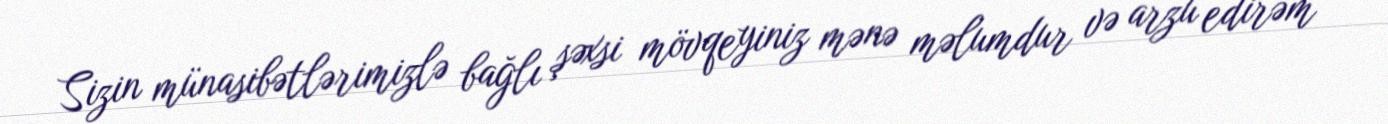
Sizin münasibətlərimizlə bağlı şəxsi mövqeyiniz mənə məlumdur və arzu edirəm